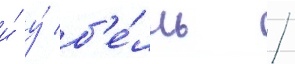
и́ у́ б'е́лль /